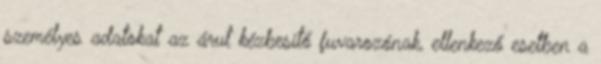
személyes adatokat az árut kézbesítő fuvarozónak, ellenkező esetben a